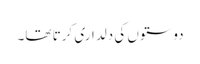
دوستوں کی دلداری کرتا تھا۔